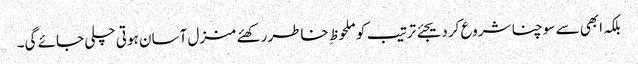
بلکہ ابھی سے سوچنا شروع کردیجئے ترتیب کو ملحوظ ِ خاطررکھئے منزل آسان ہوتی چلی جائے گی۔